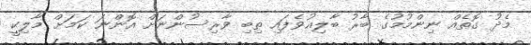
މެދު ގޮތެއް ނިންމުމުގެ ބާރު ބާލިޣުވެފައި ތިބި ވާރިސުންނަށް އޮންނަ ކަމަށް މާލިކީ